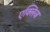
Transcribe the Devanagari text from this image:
एक्लिज